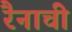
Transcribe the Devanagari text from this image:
रैनाची